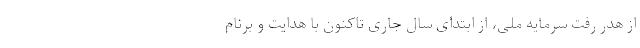
از هدر رفت سرمایه ملی، از ابتدای سال جاری تاکنون با هدایت و برنام